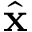
\hat { \textbf { x } }